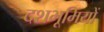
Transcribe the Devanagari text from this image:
दशभूमियों